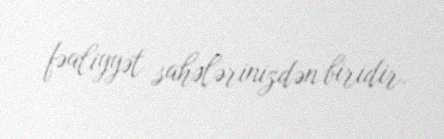
fəaliyyət sahələrinizdən biridir.